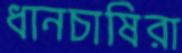
ধানচাষিরা